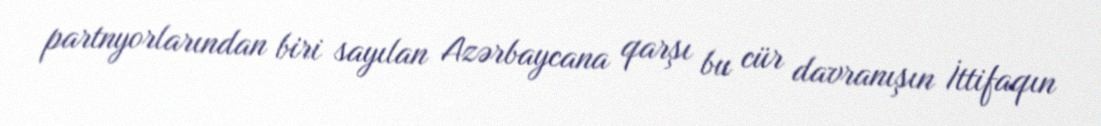
partnyorlarından biri sayılan Azərbaycana qarşı bu cür davranışın İttifaqın